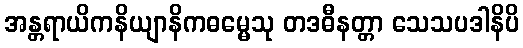
အန္တရာယိကနိယျာနိကဓမ္မေသု တဒဓီနတ္တာ သေသပဒါနိပိ